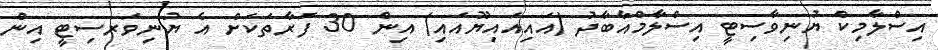
އިސްލާމިކް ޔުނިވާސިޓީ އިސްލާމްއާބާދު (އައިއައިޔޫއައި) އިން 30 ފަރާތަކަށް އެ ޔުނިވަރސިޓީ އިން